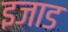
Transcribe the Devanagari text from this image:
इजाड